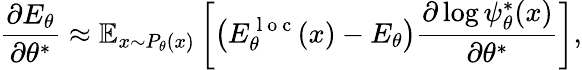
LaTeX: \frac{\partial E_{\theta}}{\partial\theta^{*}}\approx\mathbb{E}_{x\sim P_{\theta}(x)}\left[\left(E_{\theta}^{\mathrm{~l~o~c~}}(x)-E_{\theta}\right)\frac{\partial\log\psi_{\theta}^{*}(x)}{\partial\theta^{*}}\right],